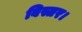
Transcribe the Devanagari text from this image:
बिस्तर।